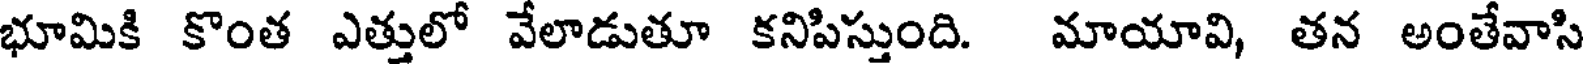
భూమికి కొంత ఎత్తులో వేలాడుతూ కనిపిస్తుంది. మాయావి, తన అంతేవాసి